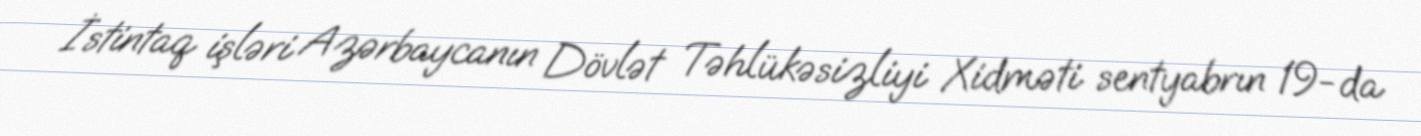
İstintaq işləri Azərbaycanın Dövlət Təhlükəsizliyi Xidməti sentyabrın 19-da